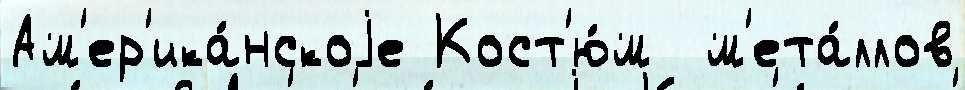
Ам'ер'ика́нскоjе Кост'ю́м  м'ета́ллов